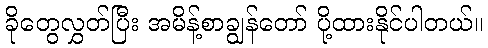
ခိုတွေလွှတ်ပြီး အမိန့်စာချွန်တော် ပို့ထားနိုင်ပါတယ်။